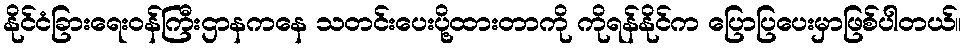
နိုင်ငံခြားရေးဝန်ကြီးဌာနကနေ သတင်းပေးပို့ထားတာကို ကိုရန်နိုင်က ပြောပြပေးမှာဖြစ်ပါတယ်။